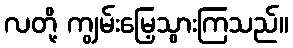
လတို့ ကျွမ်းမြေ့သွားကြသည်။